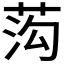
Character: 𱽬